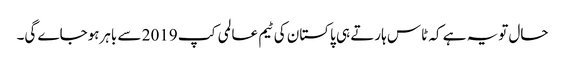
حال تویہ ہے کہ ٹاس ہارتے ہی پاکستان کی ٹیم عالمی کپ 2019 سے باہرہوجاے گی۔